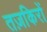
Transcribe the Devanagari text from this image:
तज़किरों